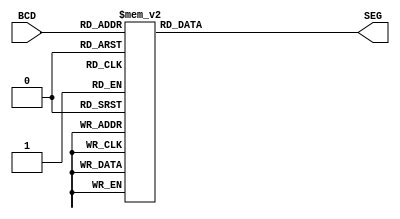
module seven_seg ( BCD, SEG );
  input  [3:0] BCD;
  output [7:0] SEG;
  reg    [7:0] SEG;

  always @( BCD )
    case( BCD )
    4'b0000 : SEG <= 8'b11111100; // 0
    4'b0001 : SEG <= 8'b01100000; // 1
    4'b0010 : SEG <= 8'b11011010; // 2
    4'b0011 : SEG <= 8'b11110010; // 3
    4'b0100 : SEG <= 8'b01100110; // 4
    4'b0101 : SEG <= 8'b10110110; // 5
    4'b0110 : SEG <= 8'b10111110; // 6
    4'b0111 : SEG <= 8'b11100000; // 7
    4'b1000 : SEG <= 8'b11111110; // 8
    4'b1001 : SEG <= 8'b11110110; // 9
    default : SEG <= 8'bXXXXXXXX; // Don't care
    endcase
endmodule